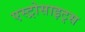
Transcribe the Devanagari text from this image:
एस्ट्रोसाइट्स